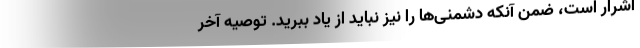
اشرار است، ضمن آنکه دشمنی‌ها را نیز نباید از یاد ببرید. توصیه آخر